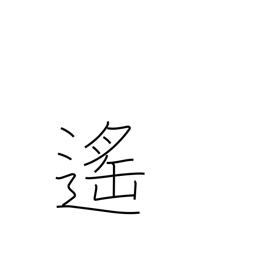
Meaning: distant